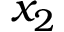
x _ { 2 }